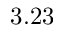
3 . 2 3